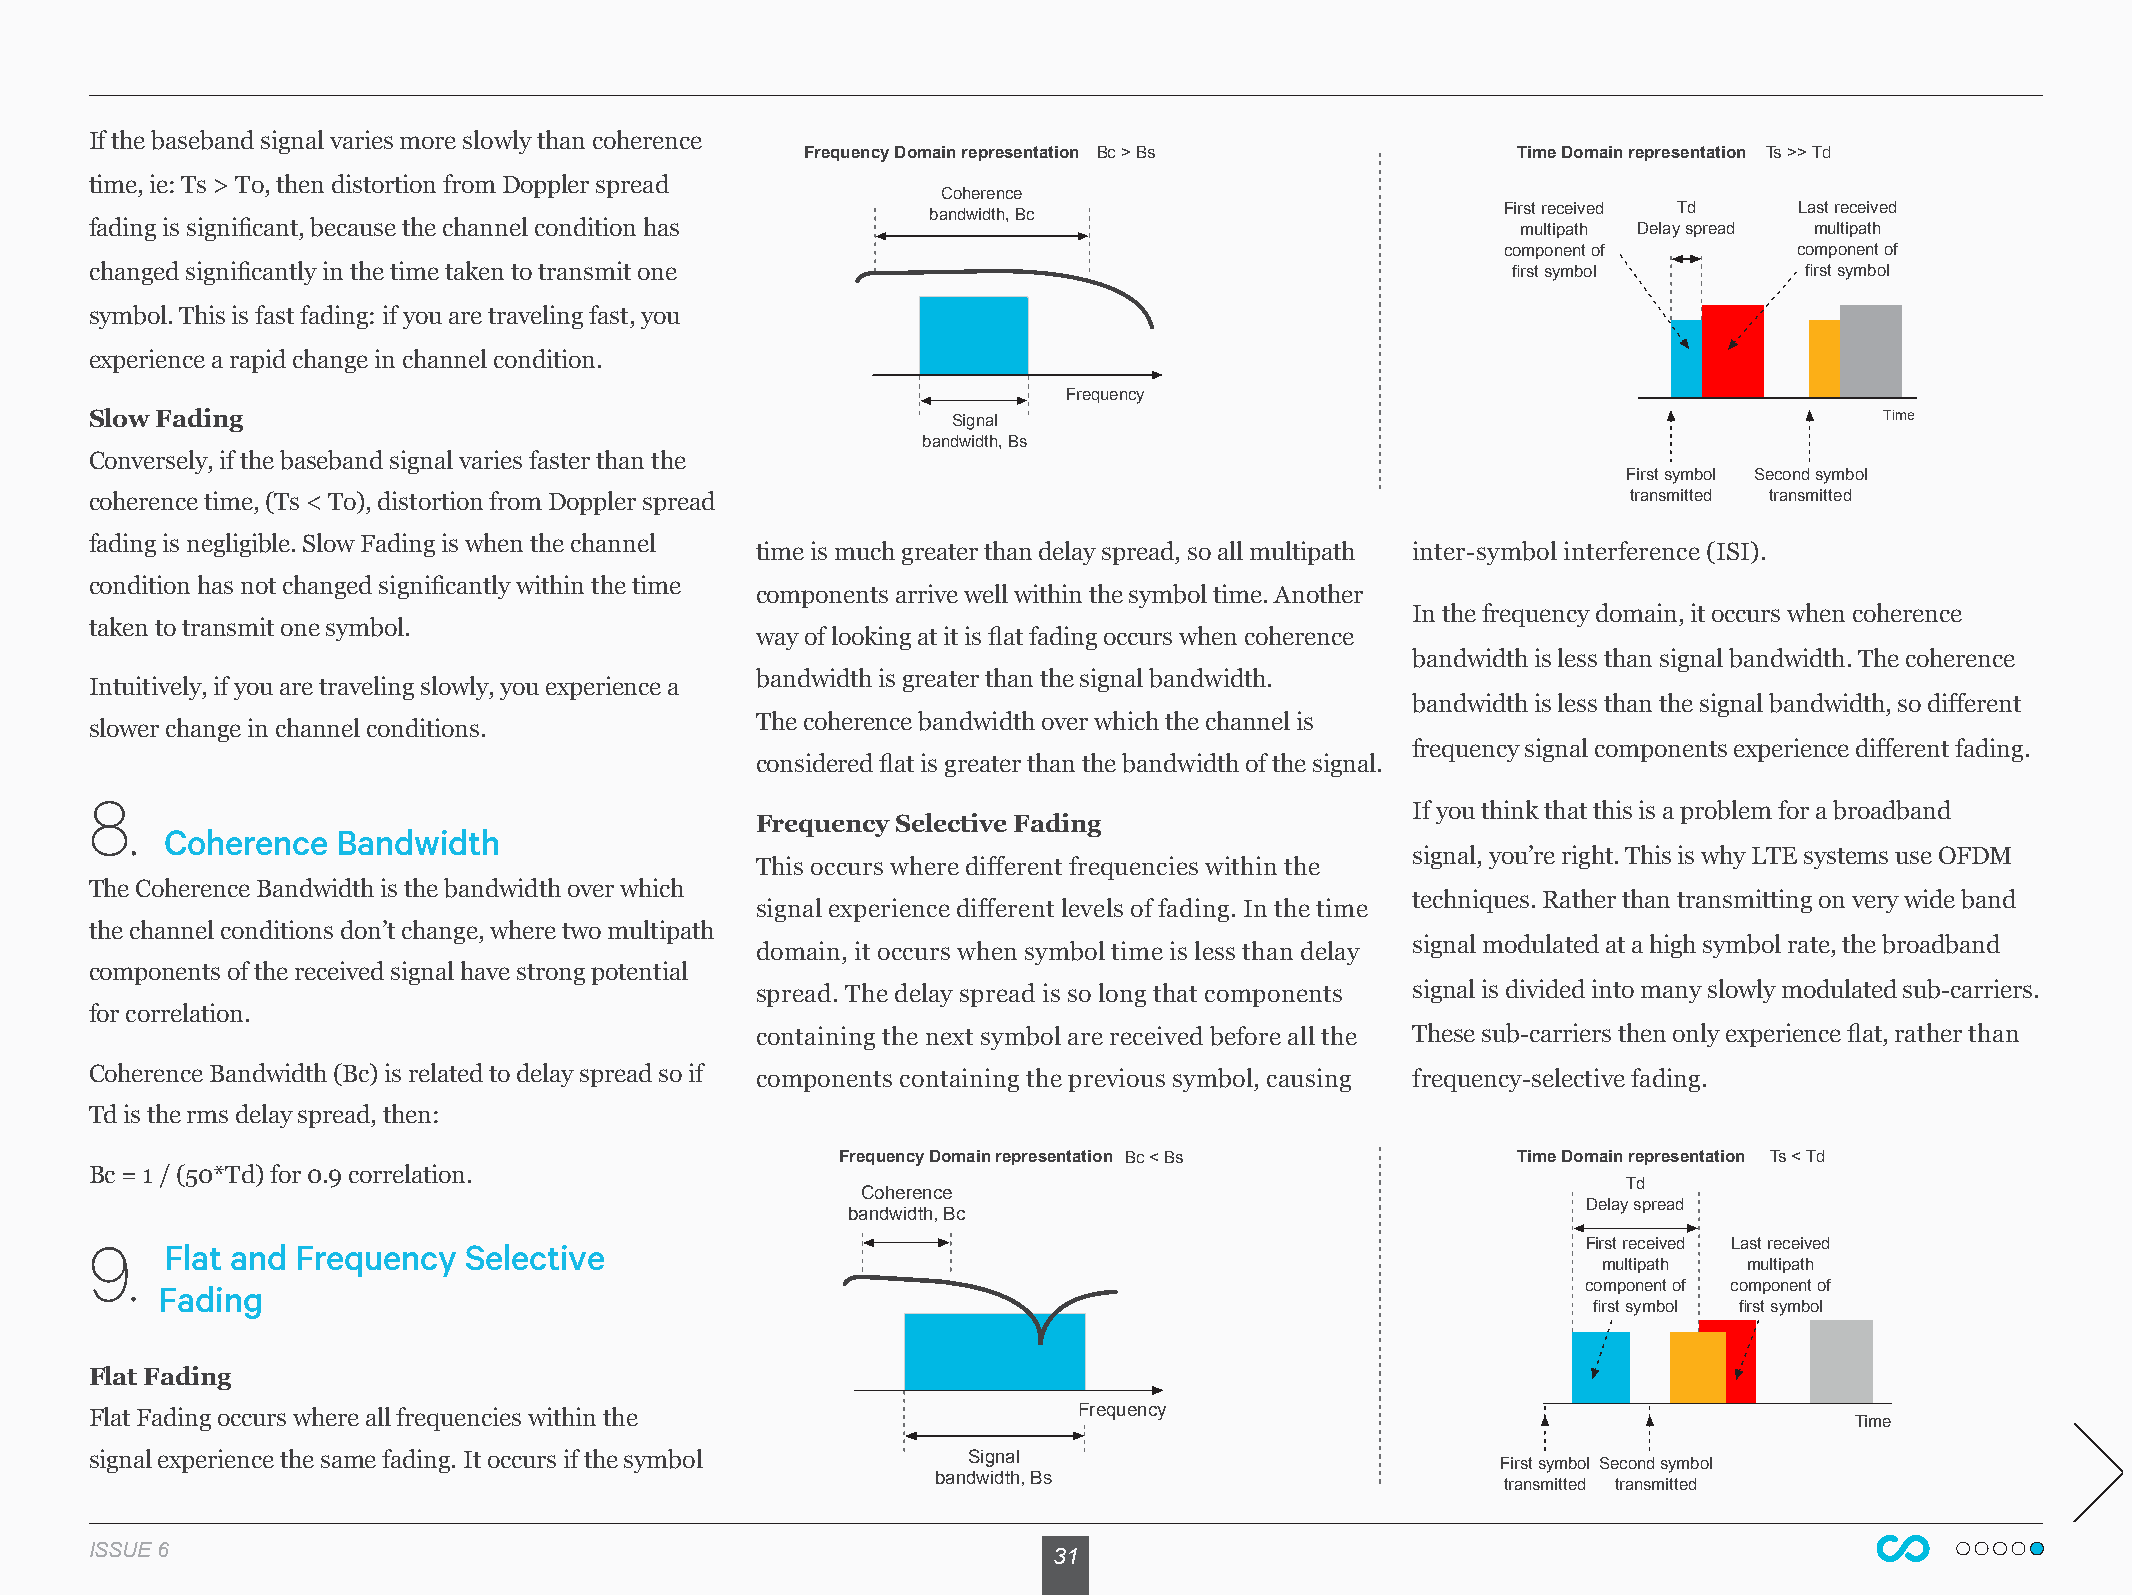
If the baseband signal varies more slowly than coherence
 Frequency Domain representation Bc > Bs        Time Domain representation Ts >> Td
 time, ie: Ts > To, then distortion from Doppler spread
 Coherence
 bandwidth, Bc                         First received Td  Last received
 fading is significant, because the channel condition has                                       multipath Delay spread multipath
 component of       component of
 changed significantly in the time taken to transmit one                                       first symbol        first symbol
 symbol. This is fast fading: if you are traveling fast, you
 experience a rapid change in channel condition.
 Frequency
 Slow Fading                                              Signal                                                        Time
 bandwidth, Bs
 Conversely, if the baseband signal varies faster than the
 First symbol Second symbol
 coherence time, (Ts < To), distortion from Doppler spread                                             transmitted transmitted
 fading is negligible. Slow Fading is when the channel
 time is much greater than delay spread, so all multipath inter-symbol interference (ISI).
 condition has not changed significantly within the time
 components arrive well within the symbol time. Another
 In the frequency domain, it occurs when coherence
 taken to transmit one symbol.
 way of looking at it is flat fading occurs when coherence
 bandwidth is less than signal bandwidth. The coherence
 bandwidth is greater than the signal bandwidth.
 Intuitively, if you are traveling slowly, you experience a
 bandwidth is less than the signal bandwidth, so different
 The coherence bandwidth over which the channel is
 slower change in channel conditions.
 frequency signal components experience different fading.
 considered flat is greater than the bandwidth of the signal.
 8.
 If you think that this is a problem for a broadband
 Frequency Selective Fading
 Coherence  Bandwidth
 signal, you’re right. This is why LTE systems use OFDM
 This occurs where different frequencies within the
 The Coherence Bandwidth is the bandwidth over which
 techniques. Rather than transmitting on very wide band
 signal experience different levels of fading. In the time
 the channel conditions don’t change, where two multipath
 signal modulated at a high symbol rate, the broadband
 domain, it occurs when symbol time is less than delay
 components of the received signal have strong potential
 spread. The delay spread is so long that components signal is divided into many slowly modulated sub-carriers.
 for correlation.
 containing the next symbol are received before all the These sub-carriers then only experience flat, rather than
 Coherence Bandwidth (Bc) is related to delay spread so if components containing the previous symbol, causing frequency-selective fading.
 Td is the rms delay spread, then:
 Frequency Domain representation Bc < Bs     Time Domain representation Ts < Td
 Bc = 1 / (50*Td) for 0.9 correlation.
 Td
 Coherence
 Delay spread
 bandwidth, Bc
 9.
 Flat and Frequency  Selective                                                                 First received Last received
 multipath multipath
 Fading                                                                                        component of component of
 first symbol first symbol
 Flat Fading
 Flat Fading occurs where all frequencies within the              Frequency
 Time
 signal experience the same fading. It occurs if the symbol Signal
 First symbol Second symbol
 bandwidth, Bs
 transmitted transmitted
 ISSUE 6                                                         31